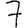
Digit: 7